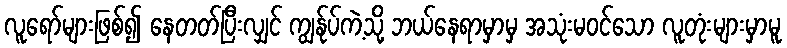
လူရော်များဖြစ်၍ နေတတ်ပြီးလျှင် ကျွန်ုပ်ကဲ့သို့ ဘယ်နေရာမှာမှ အသုံးမဝင်သော လူတုံးများမှာမူ